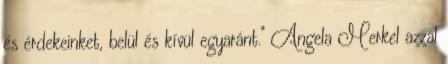
és érdekeinket, belül és kívül egyaránt." Angela Merkel azzal